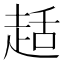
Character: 趏